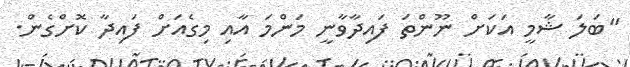
"ބަލަ ޝާމީ އަކަށް ނޫންތަ ފައިދާވާނީ މަންމަ އާއި މިގެއަށް ފައިދާ ކޮށްގެން.